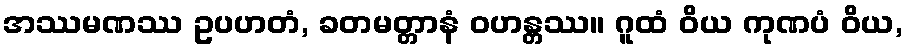
အဿမဏဿ ဥပဟတံ, ခတမတ္တာနံ ဝဟန္တဿ။ ဂူထံ ဝိယ ကုဏပံ ဝိယ,